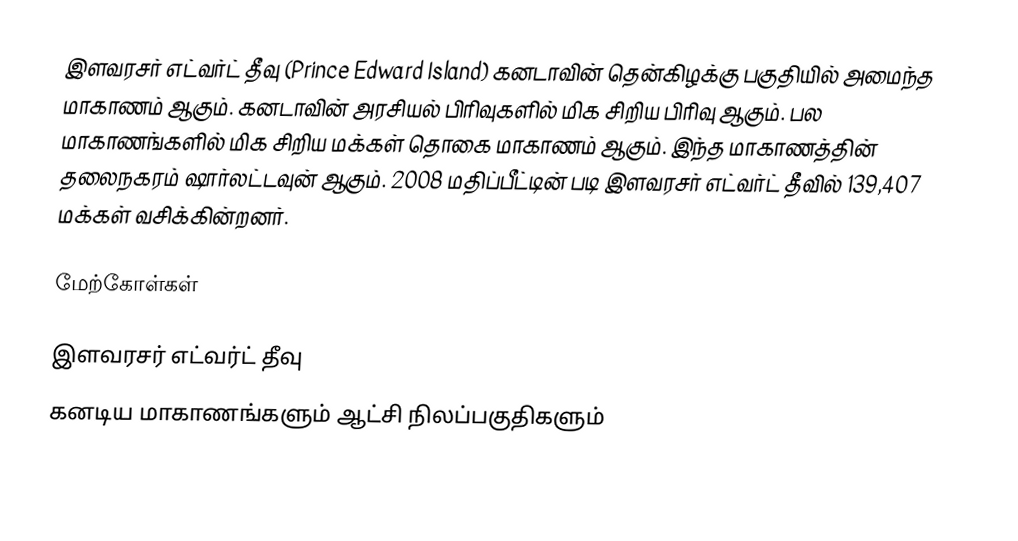
இளவரசர் எட்வர்ட் தீவு (Prince Edward Island) கனடாவின் தென்கிழக்கு பகுதியில் அமைந்த மாகாணம் ஆகும். கனடாவின் அரசியல் பிரிவுகளில் மிக சிறிய பிரிவு ஆகும். பல மாகாணங்களில் மிக சிறிய மக்கள் தொகை மாகாணம் ஆகும். இந்த மாகாணத்தின் தலைநகரம் ஷார்லட்டவுன் ஆகும். 2008 மதிப்பீட்டின் படி இளவரசர் எட்வர்ட் தீவில் 139,407 மக்கள் வசிக்கின்றனர்.

மேற்கோள்கள்

இளவரசர் எட்வர்ட் தீவு
கனடிய மாகாணங்களும் ஆட்சி நிலப்பகுதிகளும்